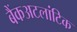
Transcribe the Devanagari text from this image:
बैंकअटलांटिक